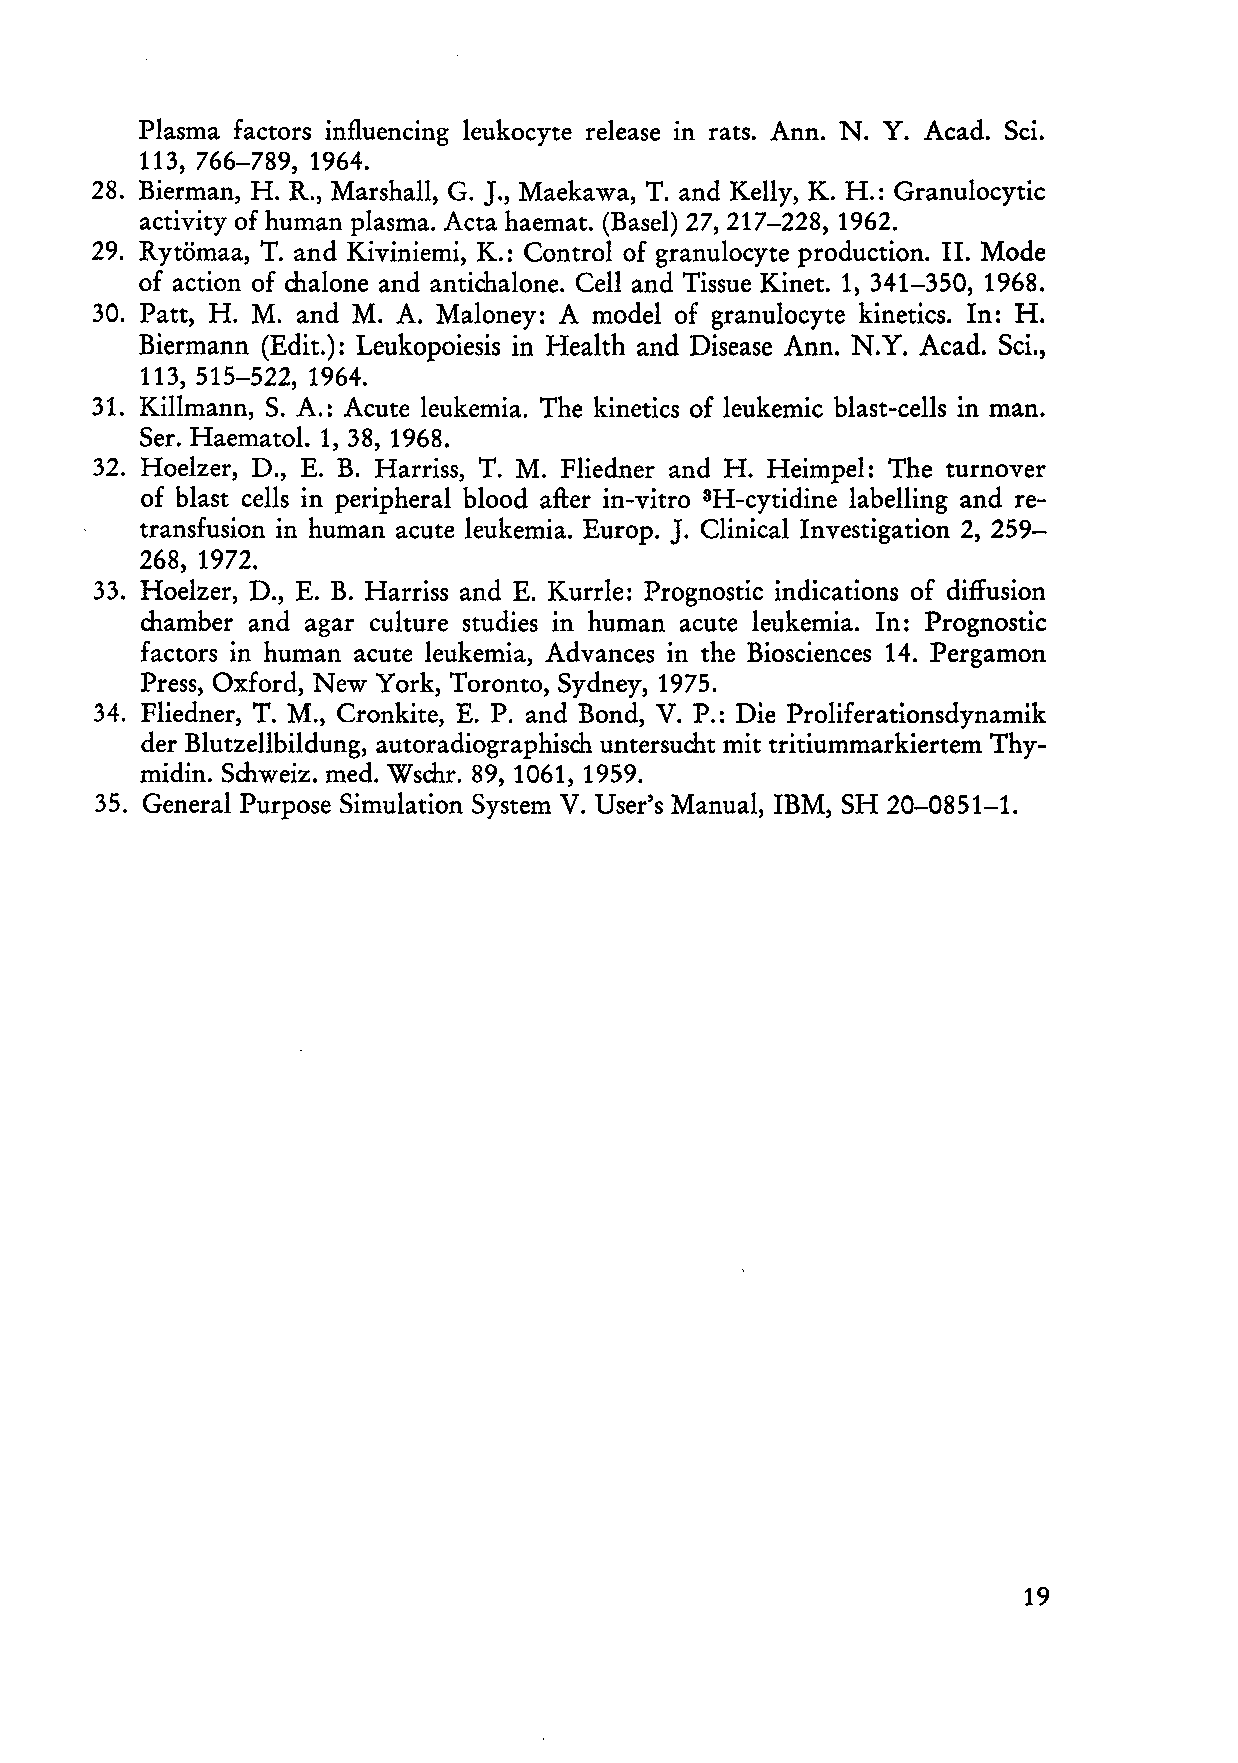
Plasma factors influencing leukocyte release in rats. Ann. N. Y. Acad. Sei.
 113, 766-789, 1964.
 28. Bierman, H. R., Marshall, G. J., Maekawa, T. and Kelly, K. H.: Granulocytic
 activity of human plasma. Acta haemat. (Basel) 27, 217-228, 1962.
 29. Rytömaa, T. and Kiviniemi, K.: Control of granulocyte production. 11. Mode
 of action of chalone and antichalone. Cell and Tissue Kinet. 1, 341-350, 1968.
 30. Patt, H. M. and M. A. Maloney: A model of granulocyte kinetics. In: H.
 Biermann (Edit.): Leukopoiesis in Health and Disease Ann. N.Y. Acad. Sei.,
 113, 515-522, 1964.
 31. Killmann, S. A.: Acute leukemia. The kinetics of leukemic blast-cells in man.
 Ser. Haematol. 1, 38, 1968.
 32. Hoelzer, D., E. B. Harriss, T. M. Fliedner and H. Heimpel: The turnover
 of blast cells in peripheral blood after in-vitro 3H-cytidine labelling and re
 J.
 transfusion in human acute leukemia. Europ. Clinical Investigation 2, 259-
 268, 1972.
 33. Hoelzer, D., E. B. Harriss and E. Kurde: Prognostic indications of diffusion
 chamber and agar culture studies in human acute leukemia. In: Prognostic
 factors in human acute leukemia, Advances in the Biosciences 14. Pergamon
 Press, Oxford, New York, Toronto, Sydney, 1975.
 34. Fliedner, T. M., Cronkite, E. P. and Bond, V. P.: Die Proliferationsdynamik
 der Blutzellbildung, autoradiographisch untersucht mit tritiummarkiertem Thy
 midin. Schweiz. med. Wschr. 89, 1061, 1959.
 35. General Purpose Simulation System V. User's Manual, IBM, SH 20-0851-1.
 19